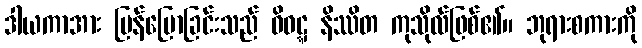
ဒါယကာအား ပြန်ပြောခြင်းသည် ဝိဝဋ္ဋ နိဿိတ ကုသိုလ်ဖြစ်၏။ ဘုရားစကားကို